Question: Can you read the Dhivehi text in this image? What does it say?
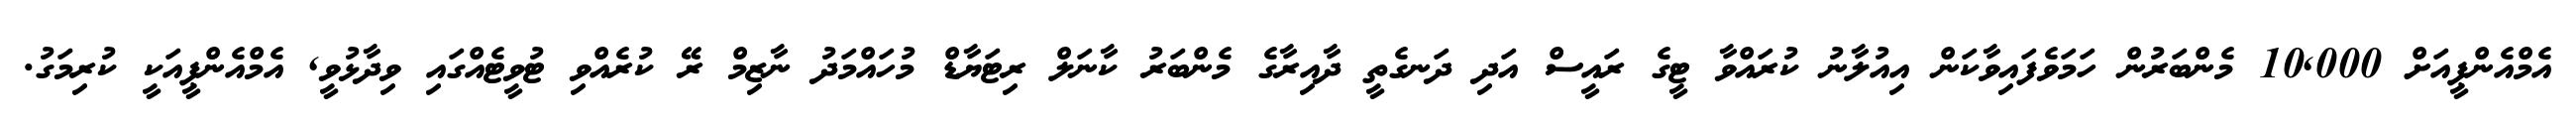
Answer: އެމްއެންޕީއަށް 10,000 މެންބަރުން ހަމަވެފައިވާކަން އިއުލާނު ކުރައްވާ ޓީގެ ރައީސް އަދި ދަނގެތީ ދާއިރާގެ މެންބަރު ކާނަލް ރިޓަޔާޑް މުހައްމަދު ނާޒިމް ރޭ ކުރެއްވި ޓުވީޓެއްގައި ވިދާޅުވީ, އެމްއެންޕީއަކީ ކުރިމަގު.